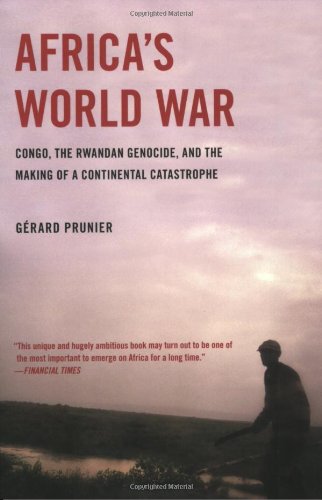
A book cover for Africa's World War: Congo, the Rwandan Genocide, and the Making of a Continental Catastrophe; Gerard Prunier; Law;